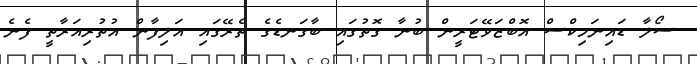
ސޯލާ ޑައިނަމިކްސް އޮބްޒަވޭޓަރީން ބުނާ ގޮތުގައި ބާގަނޑެގެ ތެރޭގައި އަލިފާން އުތުރިއަރާތީ ފެނެ